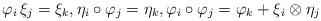
LaTeX: \begin{gather*}\varphi_i \, \xi_j=\xi_k,\eta_i\circ\varphi_j=\eta_k, \varphi_i \circ \varphi_j=\varphi_k+\xi_i\otimes\eta_j\end{gather*}